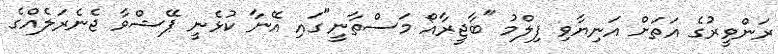
ރަންވީރުގެ އަތަށް އަނިޔާވި ފިލްމު "ބާޖީރާއޯ މަސްތާނީ"ގައި އޭނާ ކުޅެނީ ޕޭޝްވާ ޖެނެރަލެއްގެ